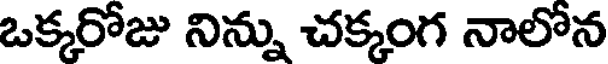
ఒక్కరోజు నిన్ను చక్కంగ నాలోన